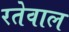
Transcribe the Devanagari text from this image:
रतेवाल